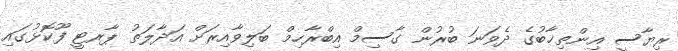
ރިޔާސީ އިންތިޚާބުގެ ދެވަނަ ބުރުން ގާސިމް އިބްރާހިމް ބަލިވާއިރަށް އަދާލަތު ޕާރޓީ ފޫކޮޅުގައި